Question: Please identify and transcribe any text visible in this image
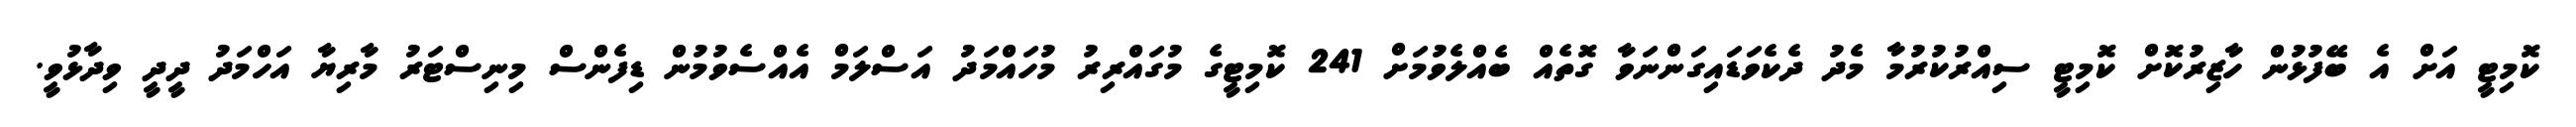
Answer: ކޮމިޓީ އަށް އެ ބޭފުޅުން ހާޒިރުކޮށް ކޮމިޓީ ސިއްރުކުރުމާ މެދު ދެކެވަޑައިގަންނަވާ ގޮތެއް ބެއްލެވުމަށް 241 ކޮމިޓީގެ މުގައްރިރު މުހައްމަދު އަސްލަމް އެއްސެވުމުން ޑިފެންސް މިނިސްޓަރު މާރިޔާ އަހްމަދު ދީދީ ވިދާޅުވީ.